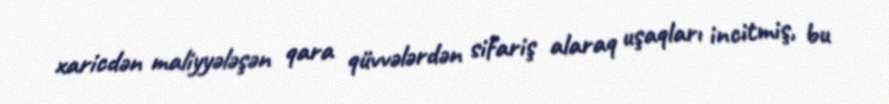
xaricdən maliyyələşən qara qüvvələrdən sifariş alaraq uşaqları incitmiş, bu